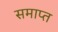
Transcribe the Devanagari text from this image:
समाप्त